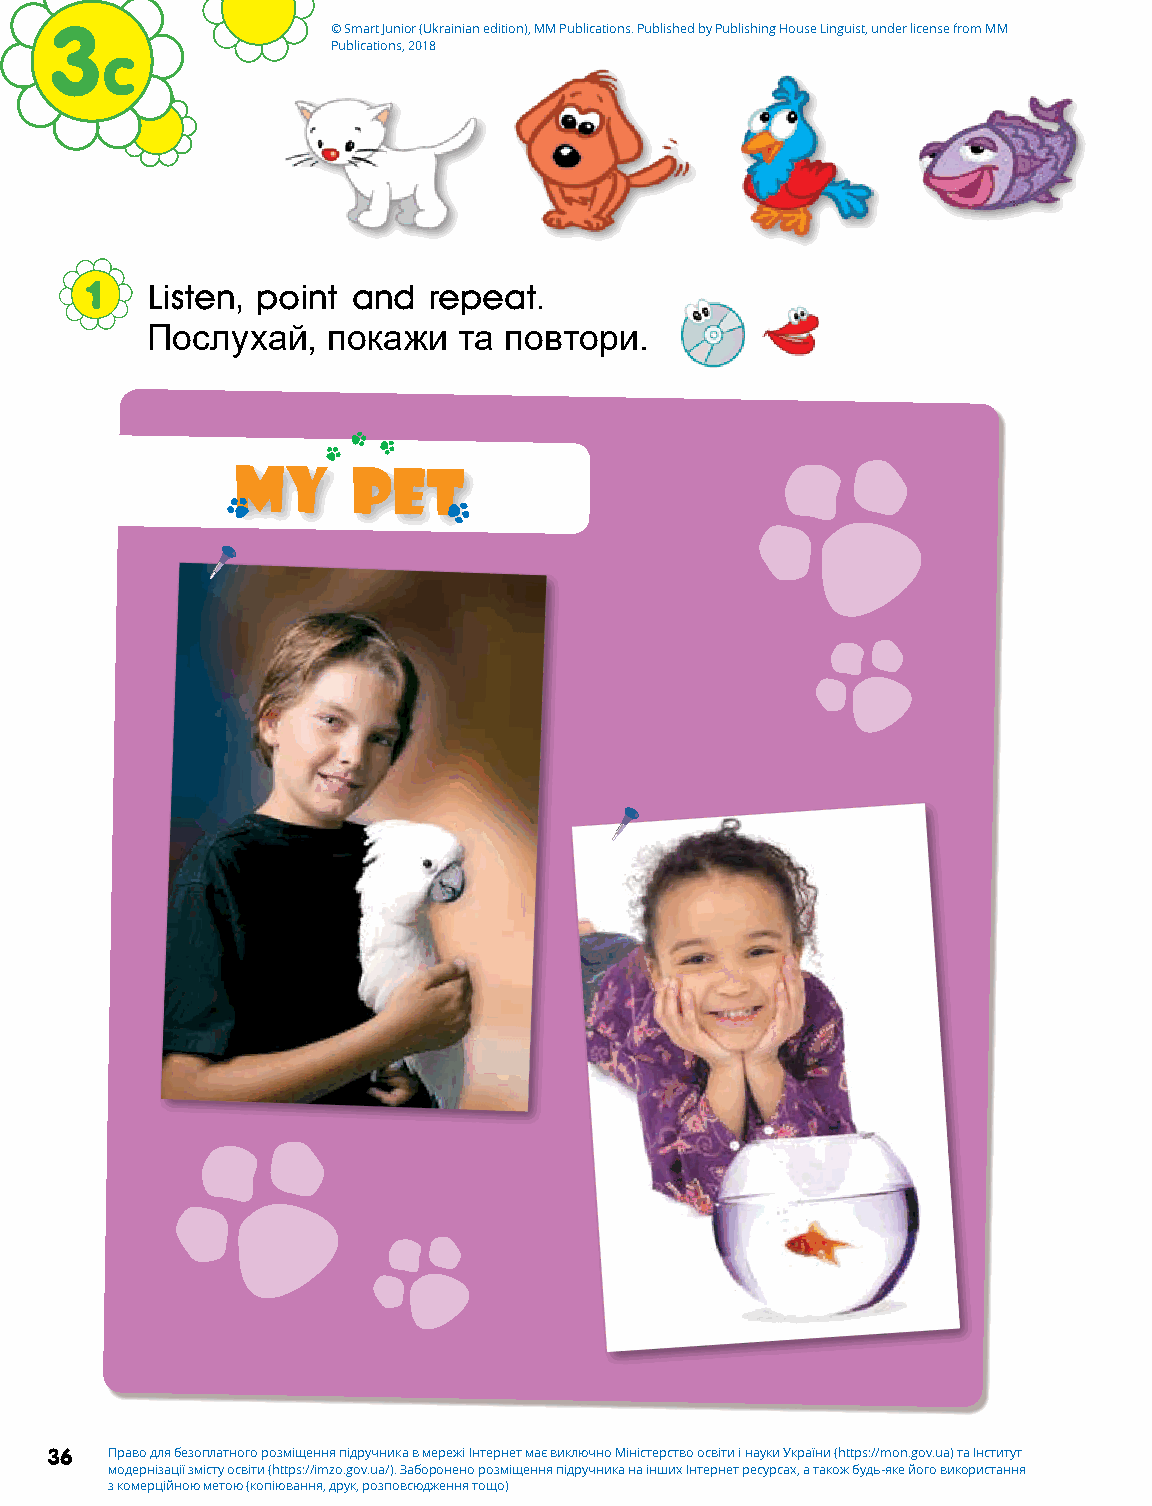
3                  © Smart Junior (Ukrainian edition), MM Publications. Published by Publishing House Linguist, under license from MM
 c              Publications, 2018
 1   Listen, point and repeat.
 Послухай,   покажи  та повтори.
 My      pet
 36  Право для безоплатного розміщення підручника в мережі Інтернет має виключно Міністерство освіти і науки України (https://mon.gov.ua) та Інститут
 модернізації змісту освіти (https://imzo.gov.ua/). Заборонено розміщення підручника на інших Інтернет ресурсах, а також будь-яке його використання
 з комерційною метою (копіювання, друк, розповсюдження тощо)